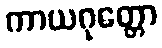
ကာယဂုတ္တော